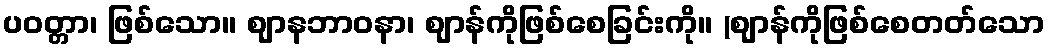
ပဝတ္တာ၊ ဖြစ်သော။ ဈာနဘာဝနာ၊ ဈာန်ကိုဖြစ်စေခြင်းကို။ (ဈာန်ကိုဖြစ်စေတတ်သော